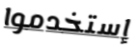
إستخدموا